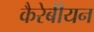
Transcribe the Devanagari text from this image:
कैरेबीयन